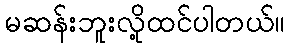
မဆန်းဘူးလို့ထင်ပါတယ်။